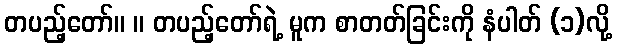
တပည့်တော်။ ။ တပည့်တော်ရဲ့ မူက စာတတ်ခြင်းကို နံပါတ် (၁)လို့